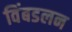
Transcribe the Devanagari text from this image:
विंबडलन